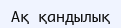
Ақ қандылық